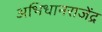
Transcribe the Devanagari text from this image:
अभिधानराजेंद्र